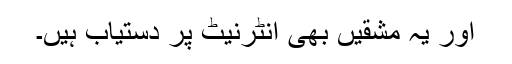
اور یہ مشقیں بھی انٹرنیٹ پر دستیاب ہیں۔